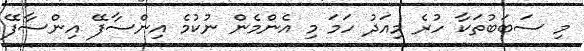
މި ސަބަބުތަކާ ހުރެ މިއަދު ހަމަ މި އެންމެން ނުކުމެ އިންސާފޭ އިންސާފޭ